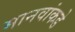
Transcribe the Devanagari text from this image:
मानवांकडे